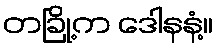
တခြို့က ဒေါနနံ့။